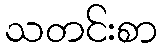
သတင်းစာ